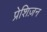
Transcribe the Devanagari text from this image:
प्रेशिज़न